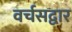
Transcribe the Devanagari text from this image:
वर्चसद्वार